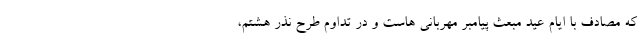
که مصادف با ایام عید مبعث پیامبر مهربانی هاست و در تداوم طرح نذر هشتم،